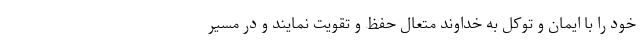
خود را با ایمان و توکل به خداوند متعال حفظ و تقویت نمایند و در مسیر